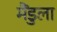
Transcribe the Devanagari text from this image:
मैंडुला